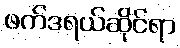
ဖက်ဒရယ်ဆိုင်ရာ